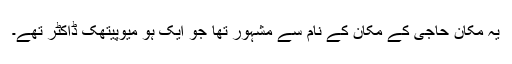
یہ مکان حاجی کے مکان کے نام سے مشہور تھا جو ایک ہو میوپیتھک ڈاکٹر تھے۔